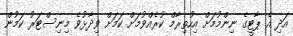
އަދި އެ ޕާޓީގެ ނިންމުމަށް އިހުތިރާމް ކުރެއްވުމަށް ކަމަށް ވިދާޅުވެ މިނިސްޓަރު ކަމުން